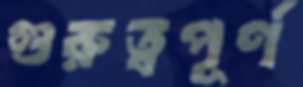
গুরুত্বপূর্ণ